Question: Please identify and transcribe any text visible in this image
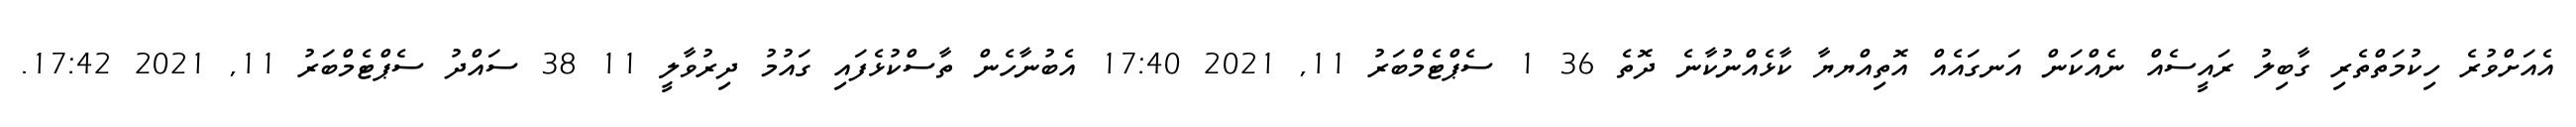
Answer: އެއަށްވުރެ ހިކުމަތްތެރި ގާބިލު ރައީސެއް ނެއްކަން އަނގައެއް އޮތިއްޔޔާ ކާޅެއްނުކާނެ ދޮތެ 36 1 ސެޕްޓެމްބަރު 11, 2021 17:40 އެބުނާހެން ތާސްކުޅެފައި ގައުމު ދިރުވާލީ 11 38 ސައްދު ސެޕްޓެމްބަރު 11, 2021 17:42.